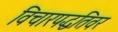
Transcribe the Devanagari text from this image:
विचारपद्धतिवर